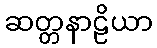
ဆတ္တနာဠိယာ